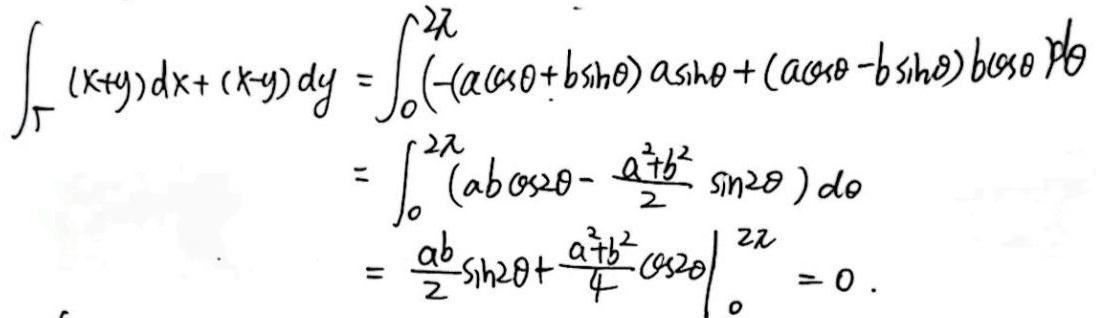
\[
\begin{align*}
\int_{\Gamma}(x + y)dx+(x - y)dy&=\int_{0}^{2\pi}(-(a\cos\theta + b\sin\theta)a\sin\theta+(a\cos\theta - b\sin\theta)b\cos\theta)d\theta\\
&=\int_{0}^{2\pi}(ab\cos2\theta-\frac{a^{2}+b^{2}}{2}\sin2\theta)d\theta\\
&=\left.\frac{ab}{2}\sin2\theta+\frac{a^{2}+b^{2}}{4}\cos2\theta\right|_{0} ^{2\pi}=0.
\end{align*}
\]